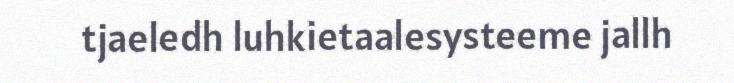
tjaeledh luhkietaalesysteeme jallh